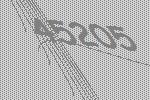
45205